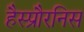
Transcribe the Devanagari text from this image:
हैस्प्रौरनिस